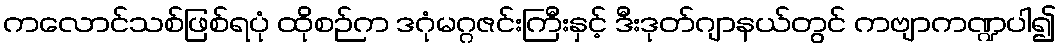
ကလောင်သစ်ဖြစ်ရပုံ ထိုစဉ်က ဒဂုံမဂ္ဂဇင်းကြီးနှင့် ဒီးဒုတ်ဂျာနယ်တွင် ကဗျာကဏ္ဍပါ၍